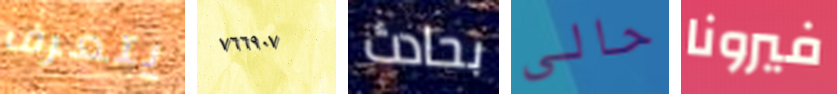
يتعرف ٧٦٦٩٠٧ بحادث حالي فيرونا